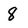
Character: 8